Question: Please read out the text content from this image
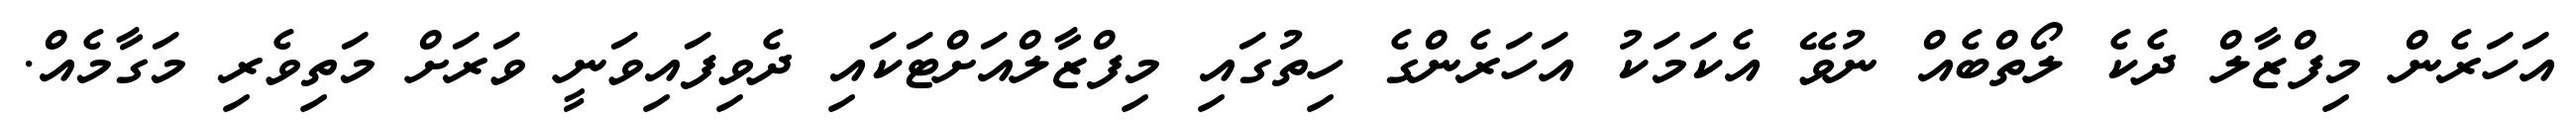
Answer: އަހަރެން މިފްޒާލް ދެކެ ލޯތްބެއް ނުވޭ އެކަމަކު އަހަރެންގެ ހިތުގައި މިފްޒާލްއަށްޓަކައި ދެވިފައިވަނީ ވަރަށް މަތިވެރި މަގާމެއް.